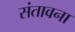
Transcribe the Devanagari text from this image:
संतावना